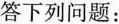
答下列问题：